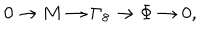
0 \to M \to \Gamma _ { 8 } \to \Phi \to 0 ,